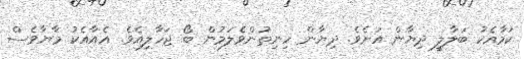
ކަމާއެކު ބަލާލީ ދިޔާން އަށެވެ. ދިޔާން ހިނިތުންވެލަމުން ބޯ ޖަހާލިއެވެ. އެއާއެކު މާޔާވެސް